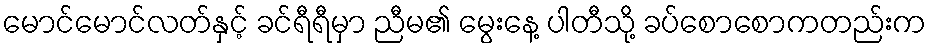
မောင်မောင်လတ်နှင့် ခင်ရီရီမှာ ညီမ၏ မွေးနေ့ ပါတီသို့ ခပ်စောစောကတည်းက